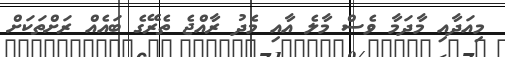
މިއަދާއި މާދަމާ ވެސް މާލެ އާއި މެދު ރާއްޖެ ތެރޭގެ ބައެއް ރަށްތަކަށް